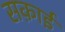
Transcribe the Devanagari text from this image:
सक़ाई